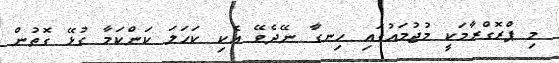
މި ޕްރޮގްރާމަކީ މުޖުމައުގައި ހިނގާ ނޭދެވޭ އެކި ކަހަލަ ކަންކަމާ ގުޅޭ ގޮތުން